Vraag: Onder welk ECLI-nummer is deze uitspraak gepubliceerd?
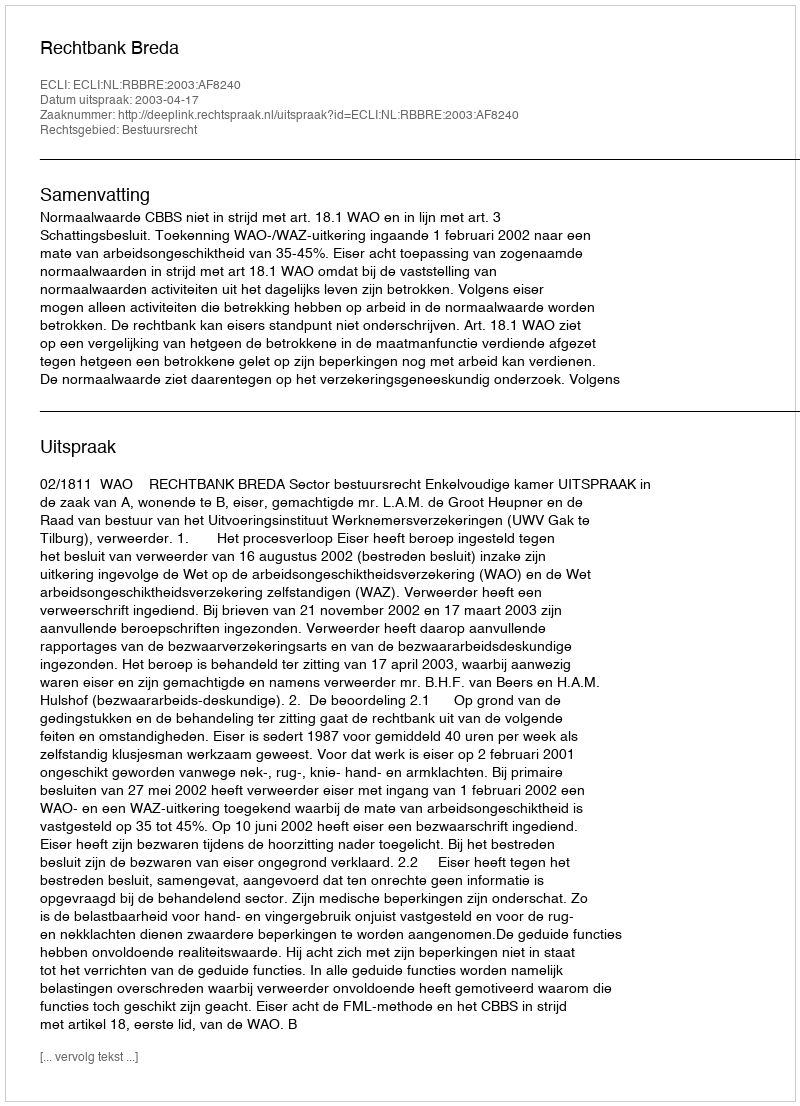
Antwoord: ECLI:NL:RBBRE:2003:AF8240